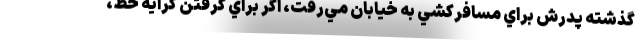
گذشته پدرش براي مسافركشي به خيابان مي‌رفت، اگر براي گرفتن كرايه خط،